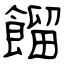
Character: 餾